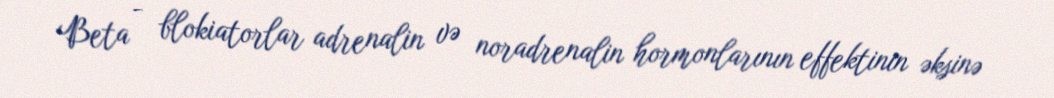
Beta - blokiatorlar adrenalin və noradrenalin hormonlarının effektinin əksinə